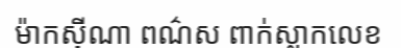
ម៉ាកស៊ីណា ពណ៌ស ពាក់ស្លាកលេខ